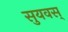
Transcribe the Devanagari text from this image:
सुयवस्